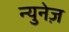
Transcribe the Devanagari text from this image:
न्युनेज़